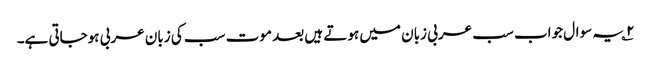
۲؎ یہ سوال جواب سب عربی زبان میں ہوتے ہیں بعد موت سب کی زبان عربی ہوجاتی ہے۔